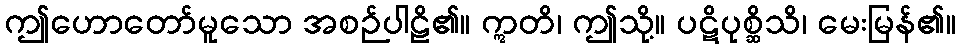
ဤဟောတော်မူသော အစဉ်ပါဠိ၏။ ဣတိ၊ ဤသို့။ ပဋိပုစ္ဆိသိ၊ မေးမြန်၏။